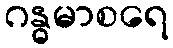
ဂန္ဓမာစရေ